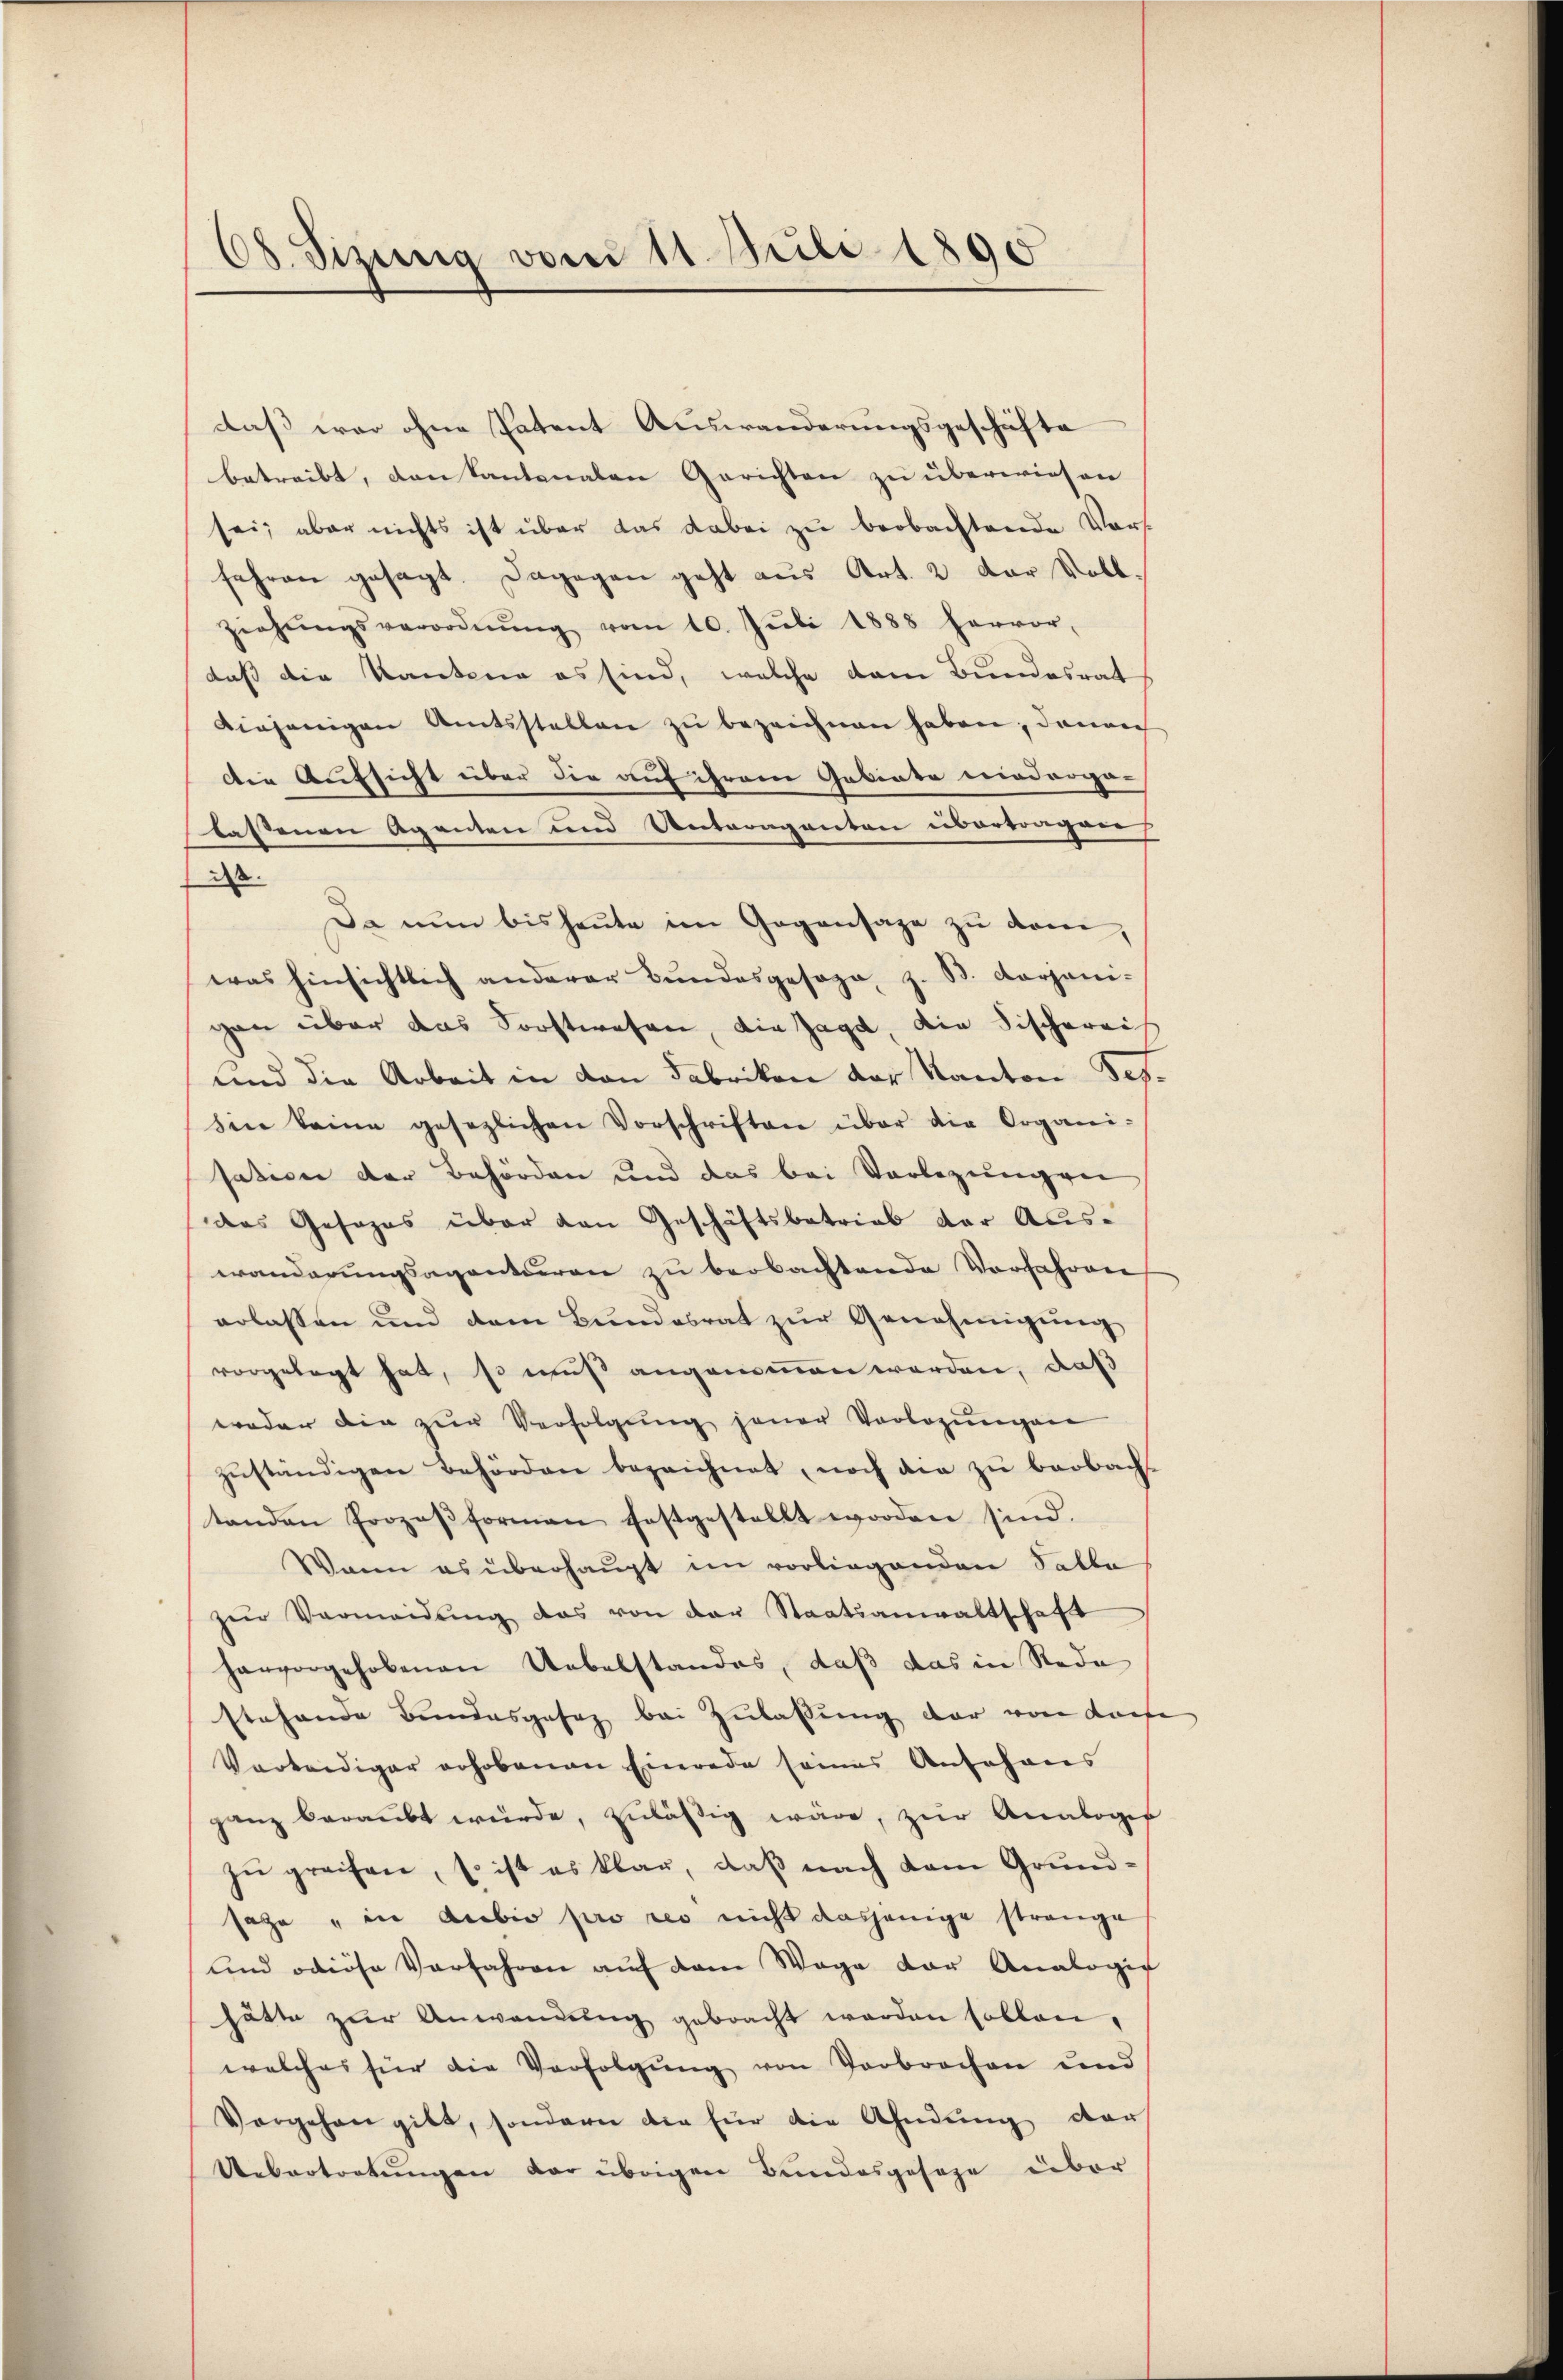
08. Sizung vom 11. Juli 1890

daß war ohne Patent Auswanderungsgeschäfte
betreibt, den Kantonalen Gerichten zu überwiesen
sei; aber nichts ist über das dabei zu beobachtende Vors
fehren gesagt. Dagegen geht aus Art. 2 der Voll.
ziehŭngsverordnŭng vom 10. Jŭli 1888 hervor-
daß die Kantone es sind, welche dem Bundesrat
diejenigen Amtsstellen zŭ bezeichnen haben, denen
Die Aufsicht über die auf ihrem Gebiete Friederga-
lassenen Agenten und Unteraganten übertragen
.
Da nun bis heute im Gegensage zu vom
was hinsichtlich anderer Bundesgesage, z. B. Aargani-
gan über das Forstwesen, die Jagd, die Fischerei
und die Arbeit in den Fabrikon der Kanton dessin keine gesezlichen Vorschriften über die Organi-
sation der Behörden und das bei Vorlegungen
das Gesezes über den Geschäftsbetrieb der Auswanderungsagenturen zu beobachtende Vorfahren
erlassen und dem Bundesrat zur Genehmigung
vorgelegt hat, so muß angenommen werden, daß
woder die zŭr Verfolgŭng jener Vorlegŭngen
zŭständigen Behörden bezeichnet, noch die zu beobach
tanden Prozeβformen festgestellt worden sind.
Wann es überhaupt im vorliegenden Salla
zŭr Vermeidŭng das von der Staatsanwaltschaft
hervorgehobenen Uebelstandes, daß das in Rede
stehende Bundesgesez bei Zulassung der von darfe
Vorteidiger erhobenen Einrede seines Anfohans
ganz beraŭbt würde, zuläßig wäre, zŭr Analoger
zŭ greifen, so ist es klar, daβ nach dem Grund-
sage in dubio pro res nicht dasjenige strange
und odiöse Verfahren aŭf dem Wage der Analogis
hätte zŭr Anwendŭng gebracht werden sollen,
welches für die Verfolgŭng von Verbrochen und
Vorgehen gibt, sondern die für die Ahndung der
Uebertretungen der übrigen Bundesgesage über